Vaccination in Bombay 1924-1928 - 1924-1928
Year: 1924
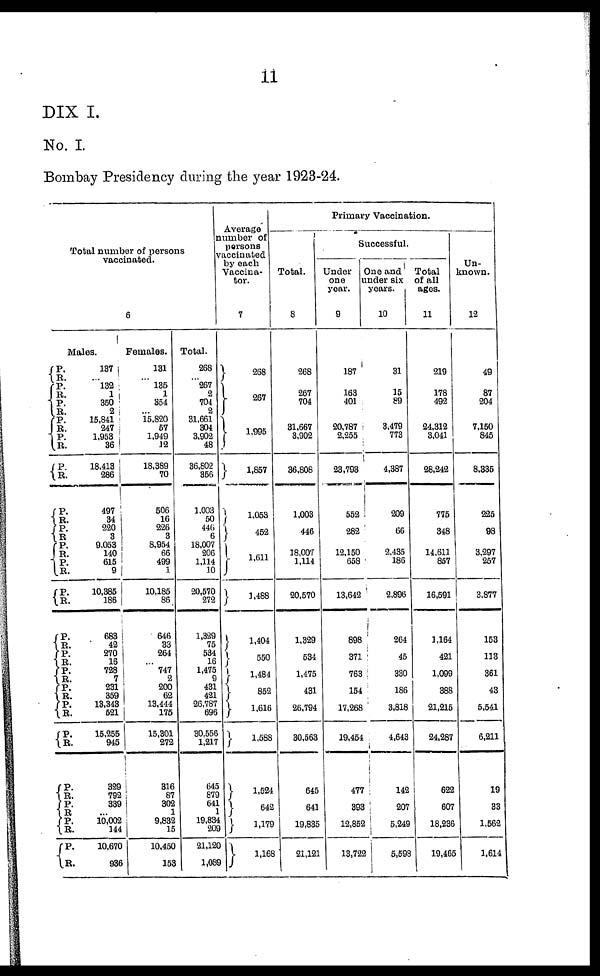
11
DIX I.
No. I.
Bombay Presidency during the year 1923-24.
Total number of persons
vaccinated.
6
Males.
P.
R.
P.
R. P.
R.
P.
R.
P.
R.
P.
R.
P.
R.
P. R.
P.
R. P.
R.
P.
R.
P.
R.
P.
R.
P.
R.
P.
R.
P.
R.
P.
R.
P. R.
P.
R.
P.
R.
P.
R.
137
...
l32
1
350
2
15,841
247
1,953
36
18,413
286
497
34
220
3
9,053
140
615
9
10,385
186
683
42
270
16
728
7
231
359
13,343
521
15,255
945
329
792
339
...
10,002
144
10,670
936
Females.
131
...
135
1
354
...
15,820
57
1,949
12
18,389
70
506
16
226
3
8,954
66
499
1
10,185
86
646
33
264
...
747
2
200
62
13,444
175
15,301
272
316
87
302
1
9,832
15
10,450
153
Total.
268
...
267
2
704
2
31,661
304
3,902
48
36,802
356
1,003
50
446
6
18,007
206
1,114
10
20,570
272
1,329
75
534
16
1,475
9
431
421
26,787
696
30,556
1,217
645
879
641
1
19,834
209
21,120
1,089
Average
number of
parsons
vaccinated
by each
Vaccina-
tor.
7
268
267
1,995
1,857
1,053
452
1,611
1,488
1,404
550
1,484
852
1,616
1,588
1,524
642
1,179
1,168
Primary Vaccination.
Total.
8
268
267
704
31,667
3,902
36,808
1,003
446
18,007
1,114
20,570
1,329
534
1,475
431
26,794
30,563
645
641
19,835
21,121
Successful.
Under
one
year.
9
187
163
401
20,787
2,255
23,793
552
282
12,150
658
13,642
898
371
763
154
17,268
19,454
477
393
12,852
13,722
One and
under six
years.
10
31
15
89
3,479
773
4,387
209
66
2,435
186
2,896
264
45
330
186
3,818
4,643
142
207
5,249
5,598
Total
of all
ages.
11
219
178
492
24,312
3,041
28,242
775
348
14,611
857
16,591
1,164
421
1,099
388
21,215
24,287
622
607
18,236
19,465
Un-
known.
12
49
87
204
7,150
845
8,335
225
98
3,297
257
3,877
153
113
361
43
5,541
6,211
19
33
1,562
1,614